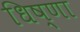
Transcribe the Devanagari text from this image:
धिष्णा